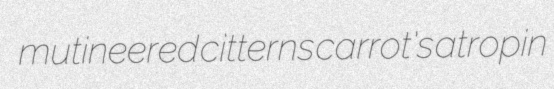
mutineered citterns carrot's atropin